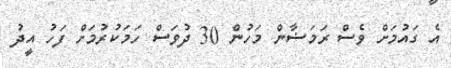
އެ ގައުމަށް ވެސް ރަމަޟާން މަހުން 30 ދުވަސް ހަމަކުރުމަށް ފަހު އީދު